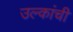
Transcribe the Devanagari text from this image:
उल्कांची